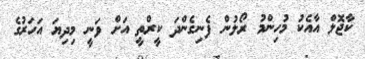
ކާޖޮލް އާއެކު މުހިންމު ރޯލުން ފެނިގެންދަ ކީރްތީ އަށް ވަނީ މިދިޔަ އަހަރުގެ